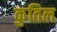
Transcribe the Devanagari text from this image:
कुतिल